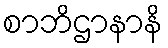
စာဘိဌာနာနိ